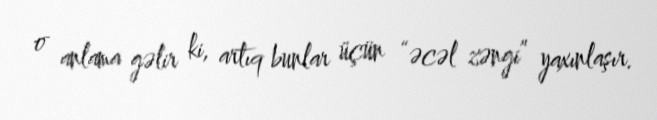
o anlama gəlir ki, artıq bunlar üçün “əcəl zəngi” yaxınlaşır.